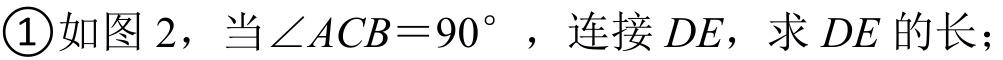
\textcircled{1}如图2，当\(\angle ACB = 90^{\circ}\)，连接\(DE\)，求\(DE\)的长；